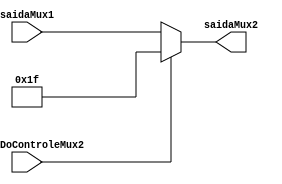
module MuxJal(saidaMux1, sinalDoControleMux2, saidaMux2);
// Mux para selecionar entre jal ou nao jal (onde o $ra sera, a entrada do banco de registradores)

input [4:0] saidaMux1;
input [0:0] sinalDoControleMux2;

wire [4:0] saidaMux1;
wire [0:0] sinalDoControleMux2;

output [4:0] saidaMux2;
wire [4:0] saidaMux2;
reg [4:0] ra = 5'b11111; // $ra eh o registrador 31 (5'b11111)

assign saidaMux2 = sinalDoControleMux2==0 ? saidaMux1 : ra;

//always @(sinalDoControleMux2)
	//begin
	//	saidaMux2 = sinalDoControleMux2==0 ? saidaMux1 : ra;
//	end
endmodule